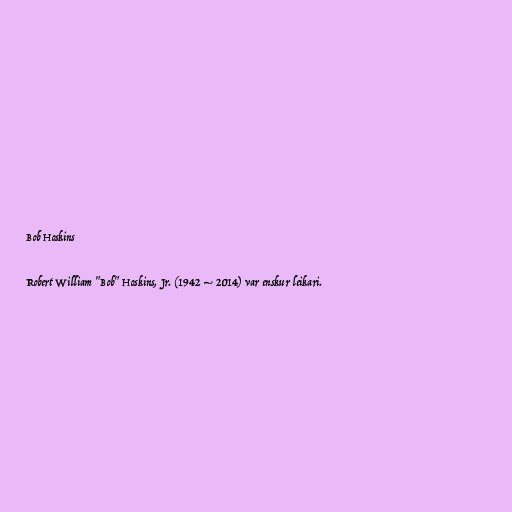
Bob Hoskins

Robert William "Bob" Hoskins, Jr. (1942 – 2014) var enskur leikari.